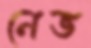
নেভ